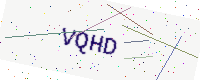
Text: VQHD